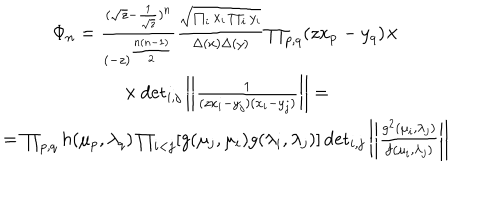
\begin{array} { c } { { \Phi _ { n } = \frac { ( \sqrt { z } - \frac { 1 } { \sqrt { z } } ) ^ { n } } { ( - z ) ^ { \frac { n ( n - 1 ) } { 2 } } } \frac { \sqrt { \prod _ { i } x _ { i } \prod _ { i } y _ { i } } } { \Delta ( x ) \Delta ( y ) } \prod _ { p , q } ( z x _ { p } - y _ { q } ) \times } } \\ { { \times \det _ { i , j } \left| \left| \frac { 1 } { ( z x _ { i } - y _ { j } ) ( x _ { i } - y _ { j } ) } \right| \right| = } } \\ { { = \prod _ { p , q } h ( \mu _ { p } , \lambda _ { q } ) \prod _ { i < j } [ g ( \mu _ { j } , \mu _ { i } ) g ( \lambda _ { i } , \lambda _ { j } ) ] \det _ { i , j } \left| \left| \frac { g ^ { 2 } ( \mu _ { i } , \lambda _ { j } ) } { f ( \mu _ { i } , \lambda _ { j } ) } \right| \right| } } \\ \end{array}